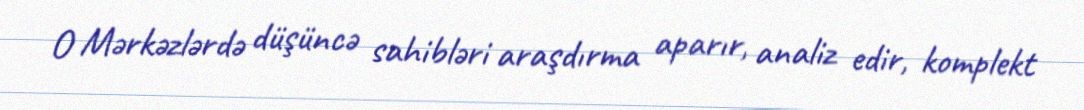
O Mərkəzlərdə düşüncə sahibləri araşdırma aparır, analiz edir, komplekt